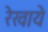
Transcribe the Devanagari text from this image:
रेखाये